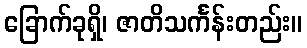
ခြောက်ခုရှိ၊ ဇာတိသင်္ကန်းတည်း။